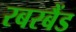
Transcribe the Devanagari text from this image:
रबरबैंड